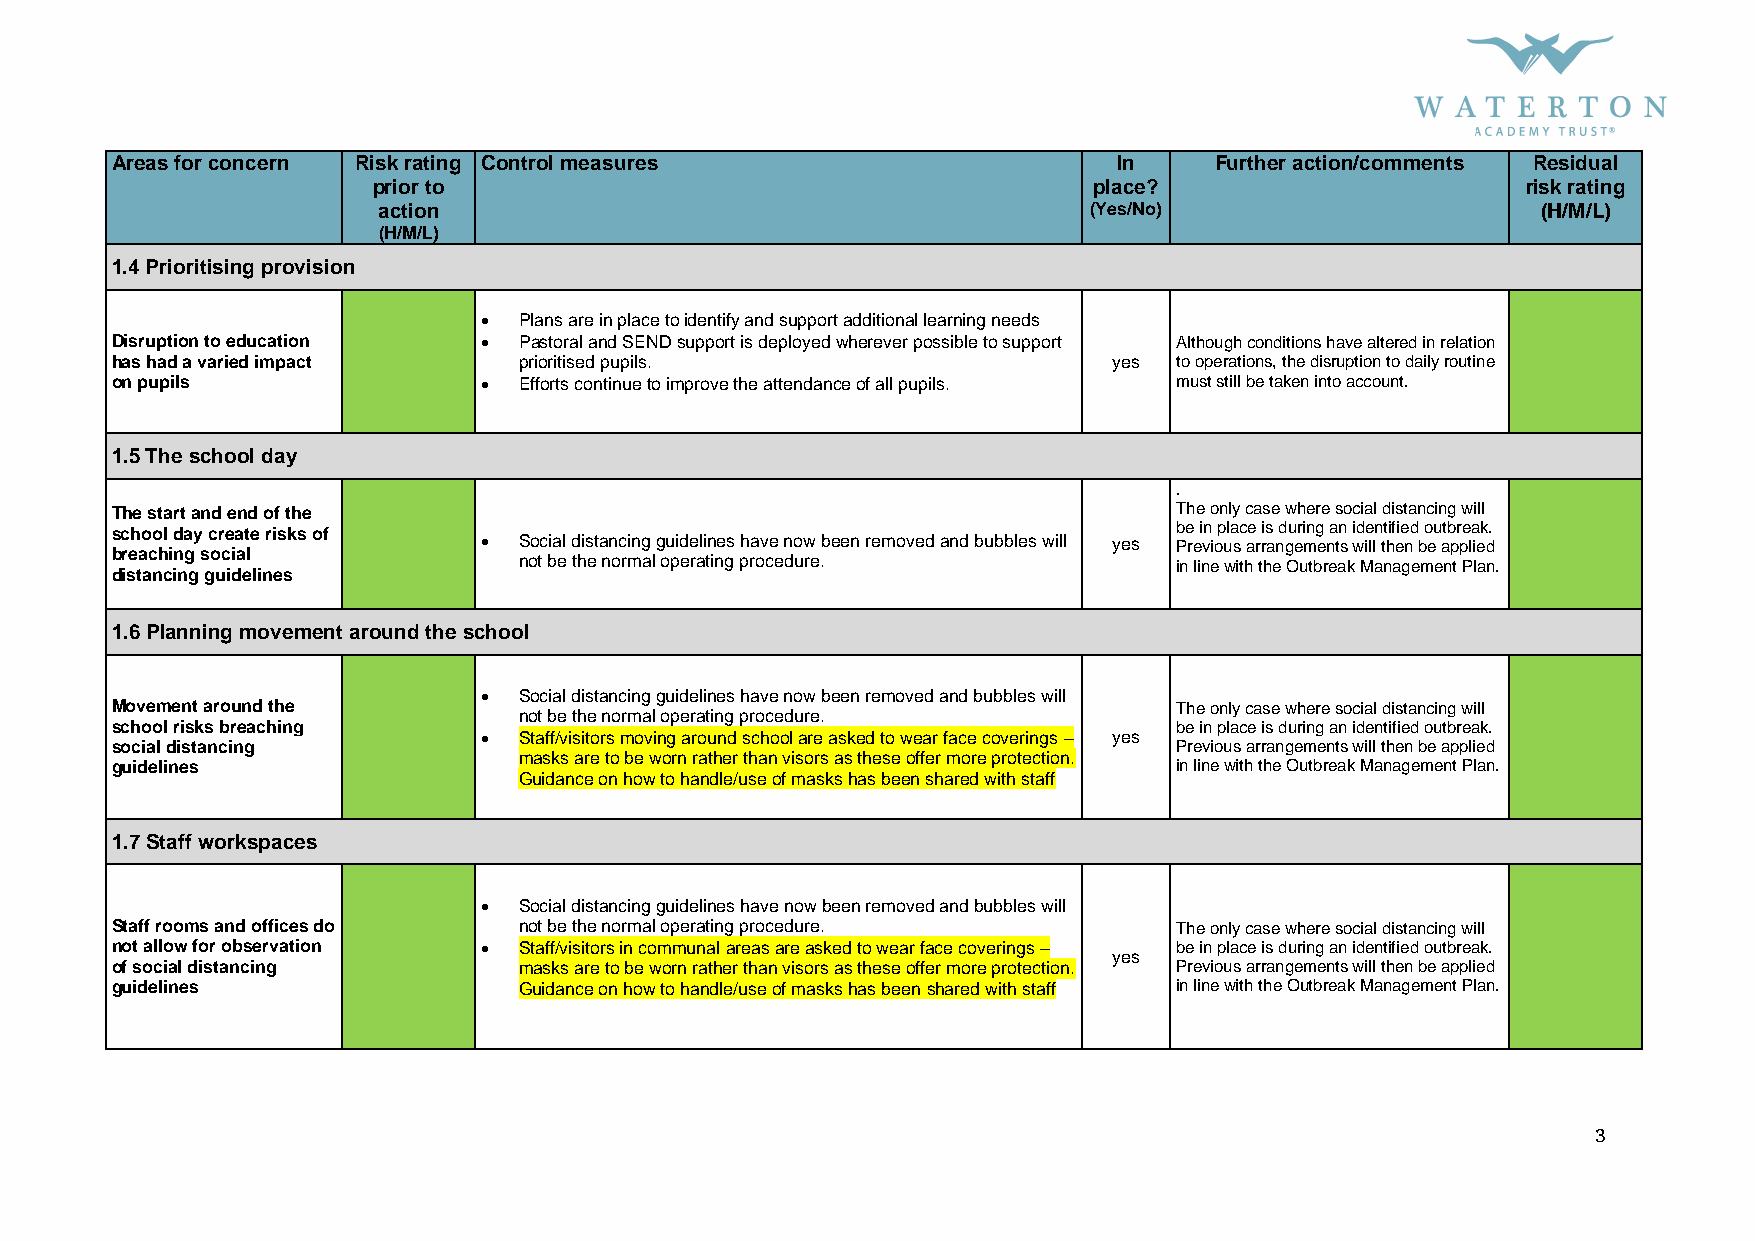
Areas for concern Risk rating Control measures                     In    Further action/comments Residual
 prior to                                       place?                       risk rating
 action                                         (Yes/No)                      (H/M/L)
 (H/M/L)
 1.4 Prioritising provision
  Plans are in place to identify and support additional learning needs
 Disruption to education   Pastoral and SEND support is deployed wherever possible to support Although conditions have altered in relation
 has had a varied impact    prioritised pupils.                     yes to operations, the disruption to daily routine
 on pupils                 Efforts continue to improve the attendance of all pupils. must still be taken into account.
 1.5 The school day
 .
 The start and end of the                                               The only case where social distancing will
 school day create risks of                                             be in place is during an identified outbreak.
 breaching social
  Social distancing guidelines have now been removed and bubbles will yes Previous arrangements will then be applied
 distancing guidelines
 not be the normal operating procedure.      in line with the Outbreak Management Plan.
 1.6 Planning movement around the school
  Social distancing guidelines have now been removed and bubbles will
 Movement around the
 not be the normal operating procedure.
 The only case where social distancing will
 school risks breaching                                                 be in place is during an identified outbreak.
  Staff/visitors moving around school are asked to wear face coverings – yes
 social distancing                                                      Previous arrangements will then be applied
 guidelines
 masks are to be worn rather than visors as these offer more protection.
 in line with the Outbreak Management Plan.
 Guidance on how to handle/use of masks has been shared with staff
 1.7 Staff workspaces
  Social distancing guidelines have now been removed and bubbles will
 Staff rooms and offices do not be the normal operating procedure.      The only case where social distancing will
 not allow for observation  Staff/visitors in communal areas are asked to wear face coverings – be in place is during an identified outbreak.
 yes
 of social distancing       masks are to be worn rather than visors as these offer more protection. Previous arrangements will then be applied
 guidelines                 Guidance on how to handle/use of masks has been shared with staff in line with the Outbreak Management Plan.
 3